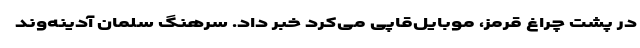
در پشت چراغ قرمز، موبایل‌قاپی می‌کرد خبر داد. سرهنگ سلمان آدینه‌وند